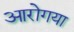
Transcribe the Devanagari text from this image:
आरोगया